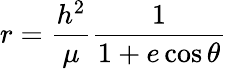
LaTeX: r={\frac{h^{2}}{\mu}}{\frac{1}{1+e\cos\theta}}